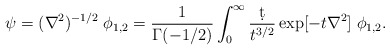
\begin{align*}\psi = (\nabla^2)^{-1/2} \; \phi_{1,2} = {1\over\Gamma(-1/2)} \int_0^\infty {\d t\over t^{3/2}} \exp[-t \nabla^2] \; \phi_{1,2}.\end{align*}